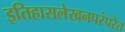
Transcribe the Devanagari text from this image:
इतिहासलेखनपरंपरेत